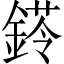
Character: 𨩖